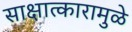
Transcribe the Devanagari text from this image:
साक्षात्कारामुळे